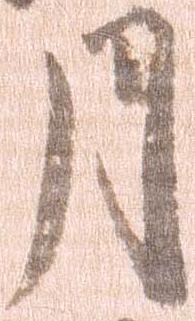
月